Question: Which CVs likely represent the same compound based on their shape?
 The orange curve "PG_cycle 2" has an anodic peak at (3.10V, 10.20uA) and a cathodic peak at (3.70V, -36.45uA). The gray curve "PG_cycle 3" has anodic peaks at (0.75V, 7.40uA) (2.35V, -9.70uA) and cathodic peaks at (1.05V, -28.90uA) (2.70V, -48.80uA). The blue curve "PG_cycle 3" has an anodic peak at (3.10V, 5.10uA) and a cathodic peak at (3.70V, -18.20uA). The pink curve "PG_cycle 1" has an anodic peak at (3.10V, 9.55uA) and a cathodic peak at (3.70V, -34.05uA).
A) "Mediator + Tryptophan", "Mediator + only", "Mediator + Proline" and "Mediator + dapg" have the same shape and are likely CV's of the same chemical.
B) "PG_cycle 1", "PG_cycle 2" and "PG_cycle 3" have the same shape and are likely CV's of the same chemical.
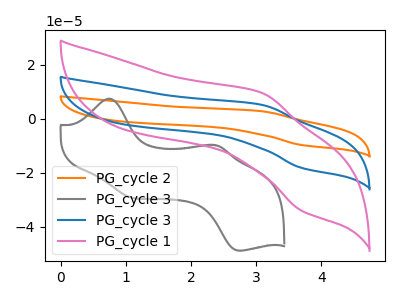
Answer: <think>"PG_cycle 2" and "PG_cycle 3" have a different number of peaks. All the peaks in "PG_cycle 2" have a peak in "PG_cycle 3" at the same potential. Every peak in "PG_cycle 2" is higher than every peak in "PG_cycle 3". All the peaks in "PG_cycle 2" have a peak in "PG_cycle 1" at the same potential. Every peak in "PG_cycle 2" is higher than every peak in "PG_cycle 1". "PG_cycle 3" and "PG_cycle 3" have a different number of peaks. "PG_cycle 3" and "PG_cycle 1" have a different number of peaks. All the peaks in "PG_cycle 3" have a peak in "PG_cycle 1" at the same potential. Every peak in "PG_cycle 3" is lower than every peak in "PG_cycle 1".
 </think>
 <answer>B) "PG_cycle 1", "PG_cycle 2" and "PG_cycle 3" have the same shape and are likely CV's of the same chemical.</answer>
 <eval>B</eval>